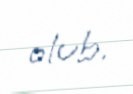
olub.